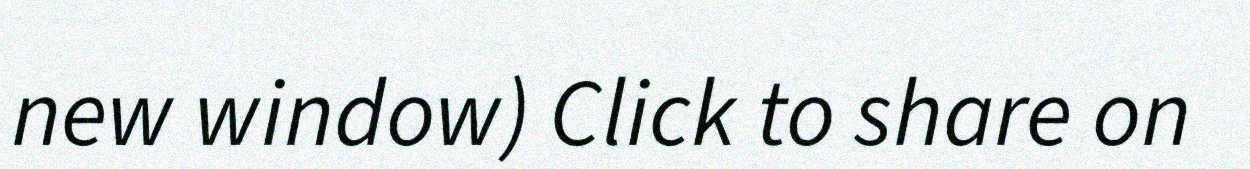
new window) Click to share on